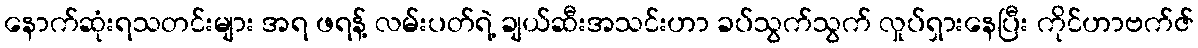
နောက်ဆုံးရသတင်းများ အရ ဖရန့် လမ်းပတ်ရဲ့ ချယ်ဆီးအသင်းဟာ ခပ်သွက်သွက် လှုပ်ရှားနေပြီး ကိုင်ဟာဗက်ဇ်